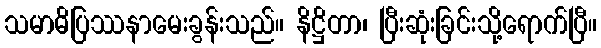
သမာဓိပြဿနာမေးခွန်းသည်။ နိဋ္ဌိတာ၊ ပြီးဆုံးခြင်းသို့ရောက်ပြီ။